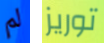
لم توريز